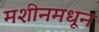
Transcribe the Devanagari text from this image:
मशीनमधून